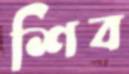
শিব